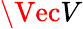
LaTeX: \Vec{V}